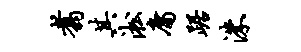
翥其淞庸踞洙